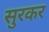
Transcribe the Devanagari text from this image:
सुरकर